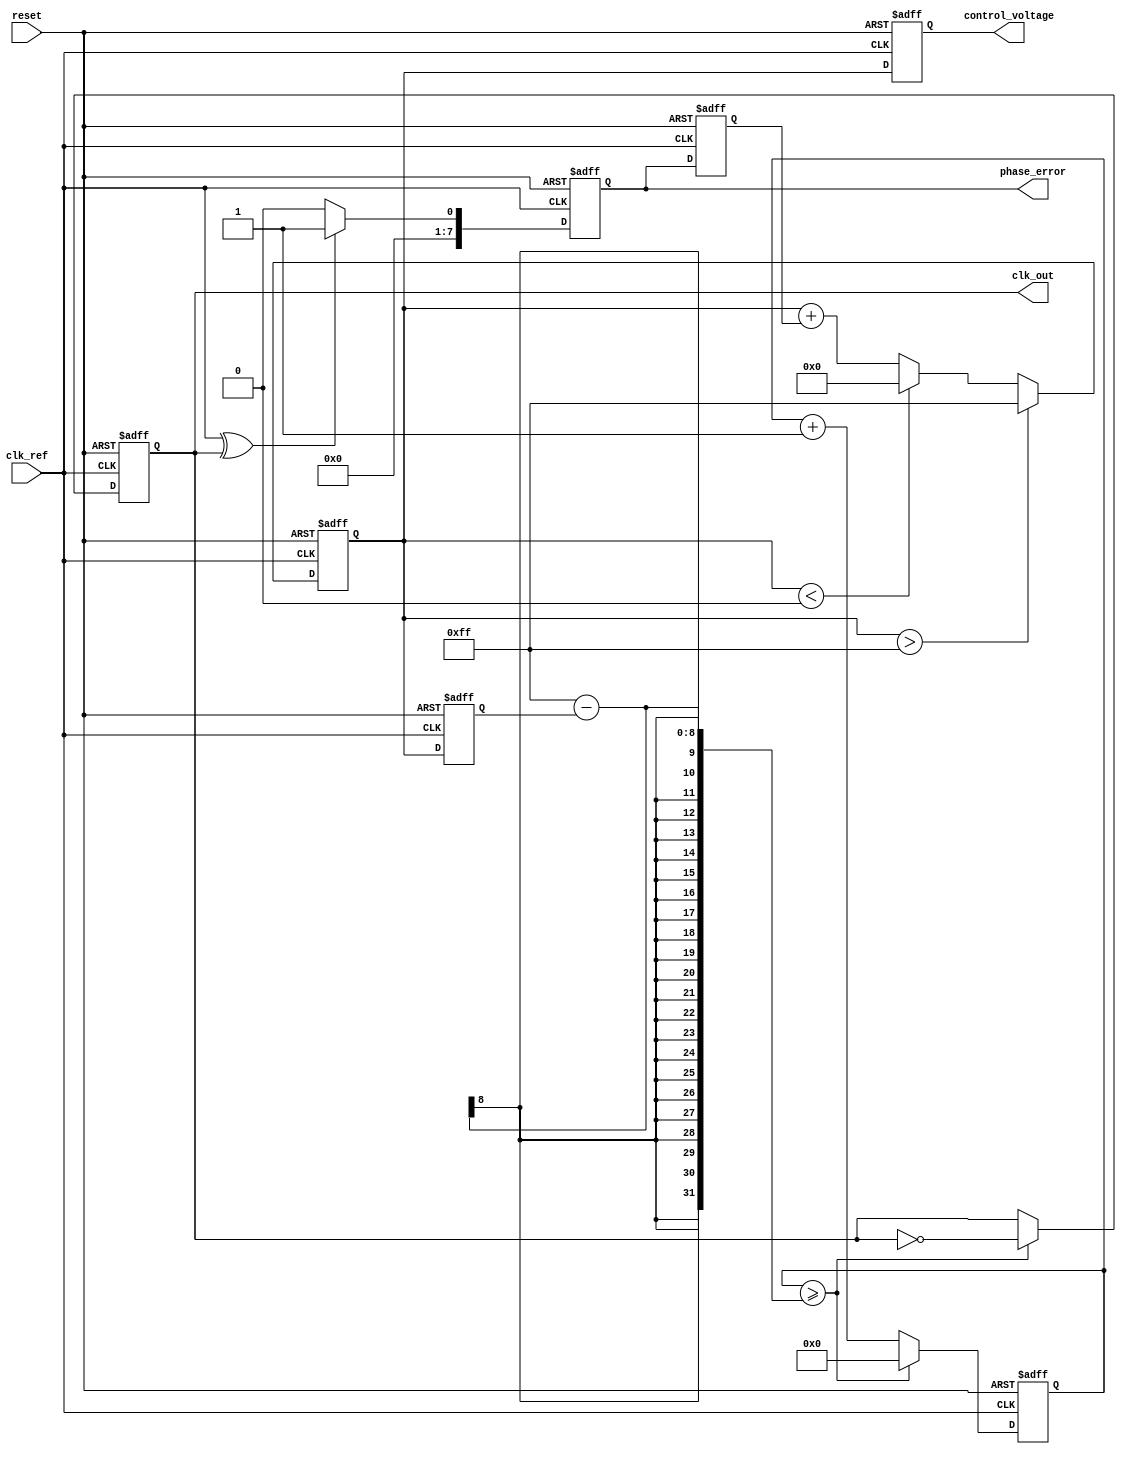
module type1_PLL (
    input wire clk_ref,          // Reference clock input
    input wire reset,            // Reset signal
    output reg clk_out,          // Output clock
    output reg [7:0] phase_error, // Phase error for monitoring
    output reg [7:0] control_voltage // Control voltage for monitoring
);

// Parameters
parameter VCO_MAX_FREQ = 8'd255; // Maximum frequency for VCO
parameter VCO_MIN_FREQ = 8'd0;    // Minimum frequency for VCO
parameter PHASE_ERROR_MAX = 8'd127; // Maximum phase error

// Internal signals
reg [7:0] vco_freq;              // Current frequency of the VCO
reg [7:0] loop_filter_output;     // Output of the loop filter
reg [7:0] phase_detector_output;  // Output of the phase detector
reg [31:0] counter;               // Counter for clock generation

// Phase Detector (PD)
always @(posedge clk_ref or posedge reset) begin
    if (reset) begin
        phase_error <= 8'd0;
        phase_detector_output <= 8'd0;
    end else begin
        // Example phase detection logic (simple XOR for demonstration)
        phase_error <= (clk_ref ^ clk_out) ? 8'd1 : 8'd0; // Simple phase detection
        phase_detector_output <= phase_error; // Output phase error
    end
end

// Loop Filter (LF)
always @(posedge clk_ref or posedge reset) begin
    if (reset) begin
        loop_filter_output <= 8'd0;
    end else begin
        // Simple first-order loop filter (integrator)
        loop_filter_output <= loop_filter_output + phase_detector_output;
        // Limit the loop filter output to VCO range
        if (loop_filter_output > VCO_MAX_FREQ) begin
            loop_filter_output <= VCO_MAX_FREQ;
        end else if (loop_filter_output < VCO_MIN_FREQ) begin
            loop_filter_output <= VCO_MIN_FREQ;
        end
    end
end

// Voltage-Controlled Oscillator (VCO)
always @(posedge clk_ref or posedge reset) begin
    if (reset) begin
        vco_freq <= 8'd0;
        clk_out <= 1'b0;
        counter <= 32'd0;
    end else begin
        // Control VCO frequency based on loop filter output
        vco_freq <= loop_filter_output;
        
        // Generate output clock based on VCO frequency
        if (counter >= (VCO_MAX_FREQ - vco_freq)) begin
            clk_out <= ~clk_out; // Toggle output clock
            counter <= 32'd0;     // Reset counter
        end else begin
            counter <= counter + 1; // Increment counter
        end
    end
end

// Control Voltage Monitoring
always @(posedge clk_ref or posedge reset) begin
    if (reset) begin
        control_voltage <= 8'd0;
    end else begin
        control_voltage <= loop_filter_output; // Monitor control voltage
    end
end

endmodule